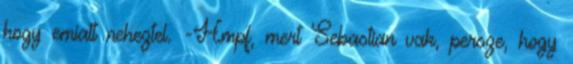
hogy emiatt neheztel. -Hmpf, mert Sebastian vak, persze, hogy